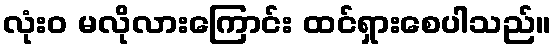
လုံးဝ မလိုလားကြောင်း ထင်ရှားစေပါသည်။